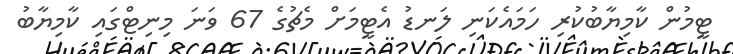
ޓީމުން ކާމިޔާބުކުރި ހަމައެކަނި ލަނޑު އެޓީމަށް މެޗުގެ 67 ވަނަ މިނިޓްގައި ކާމިޔާބު